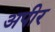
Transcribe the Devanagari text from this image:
अपीर